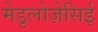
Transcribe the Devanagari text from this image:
मेडुलोज़ेसिई